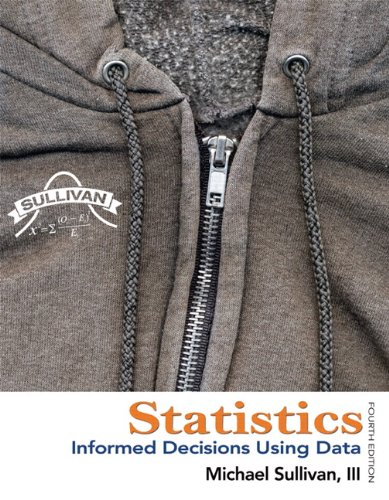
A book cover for Statistics: Informed Decisions Using Data (4th Edition); Michael Sullivan III; Science & Math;